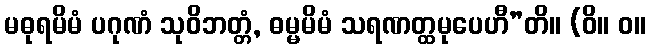
မဓုရမိမံ ပဂုဏံ သုဝိဘတ္တံ, ဓမ္မမိမံ သရဏတ္ထမုပေဟီ”တိ။ (ဝိ။ ဝ။